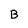
Character: B